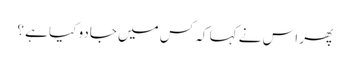
پھر اس نے کہا کہ کس میں جادو کیا ہے ؟